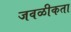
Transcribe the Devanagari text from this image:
जवळीकता